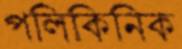
পলিকিনিক